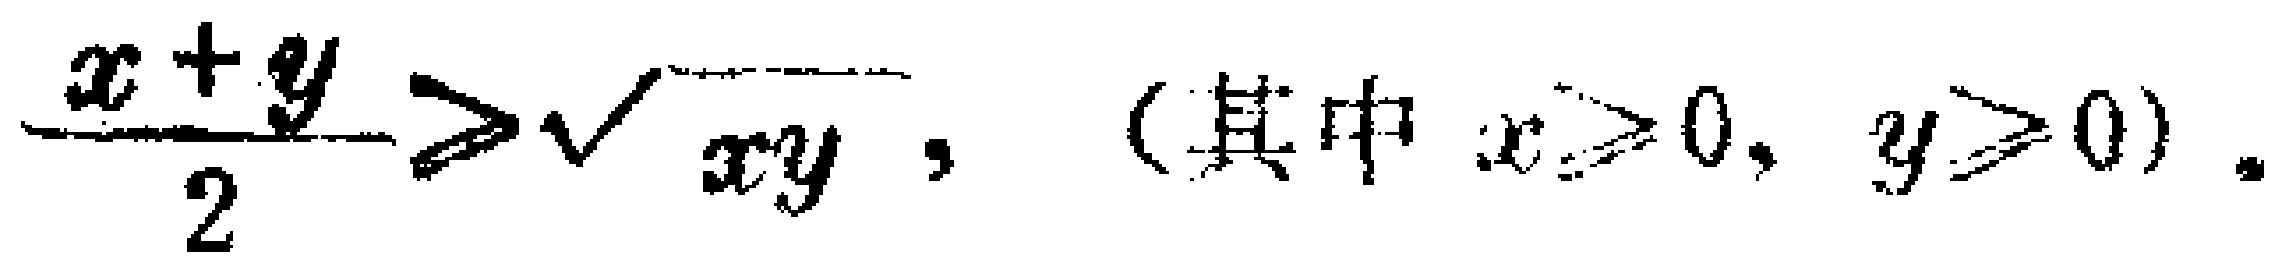
$\frac{x + y}{2} \geq \sqrt{xy}, \quad (\text{其中 } x \geq 0, y \geq 0) .$